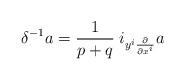
LaTeX: \begin{align*} \delta^{-1} a = \frac{1}{p+q} \; i_{ y^i \frac{\partial}{\partial x^i}} a\end{align*}